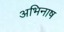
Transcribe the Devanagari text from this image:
अभिनाष